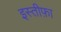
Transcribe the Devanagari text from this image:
इस्‍तीफ़ा